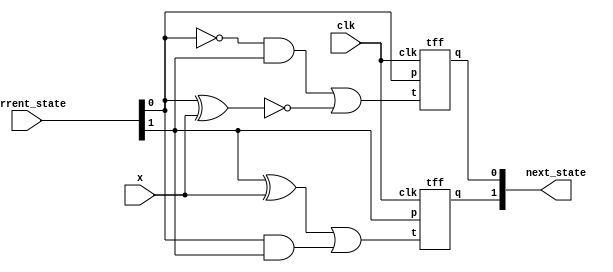
               //gate level modeling for drawing a ckt from a given counter state diagram


module states(input x, clk,input [1:0] current_state,output [1:0] next_state);
      
     wire t1,t2;
     wire a,b,d,e;

     xor(a,current_state[1],x);
     and(b,current_state[0], current_state[1]);
     or(t1,a,b);

    not(g,current_state[0]);
    xnor(d,current_state[0],x);
    and(e, g,current_state[1]);
    or(t2,e,d);

    tff T1(t1, current_state[1], clk, next_state[1]);
    tff T2(t2, current_state[0], clk, next_state[0]);
endmodule


//T Flip Flop
module tff (input t,p,clk,output q);
    

     wire i,j,k,l,m; 
     xor(i, p,t);    
     and(j,i,clk);  
     not(k,clk);
     and(l,p,k);
     or(q,l,j);

endmodule